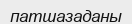
патшазаданы